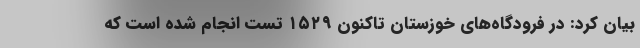
بیان کرد: در فرودگاه‌های خوزستان تاکنون ۱۵۲۹ تست انجام شده است که